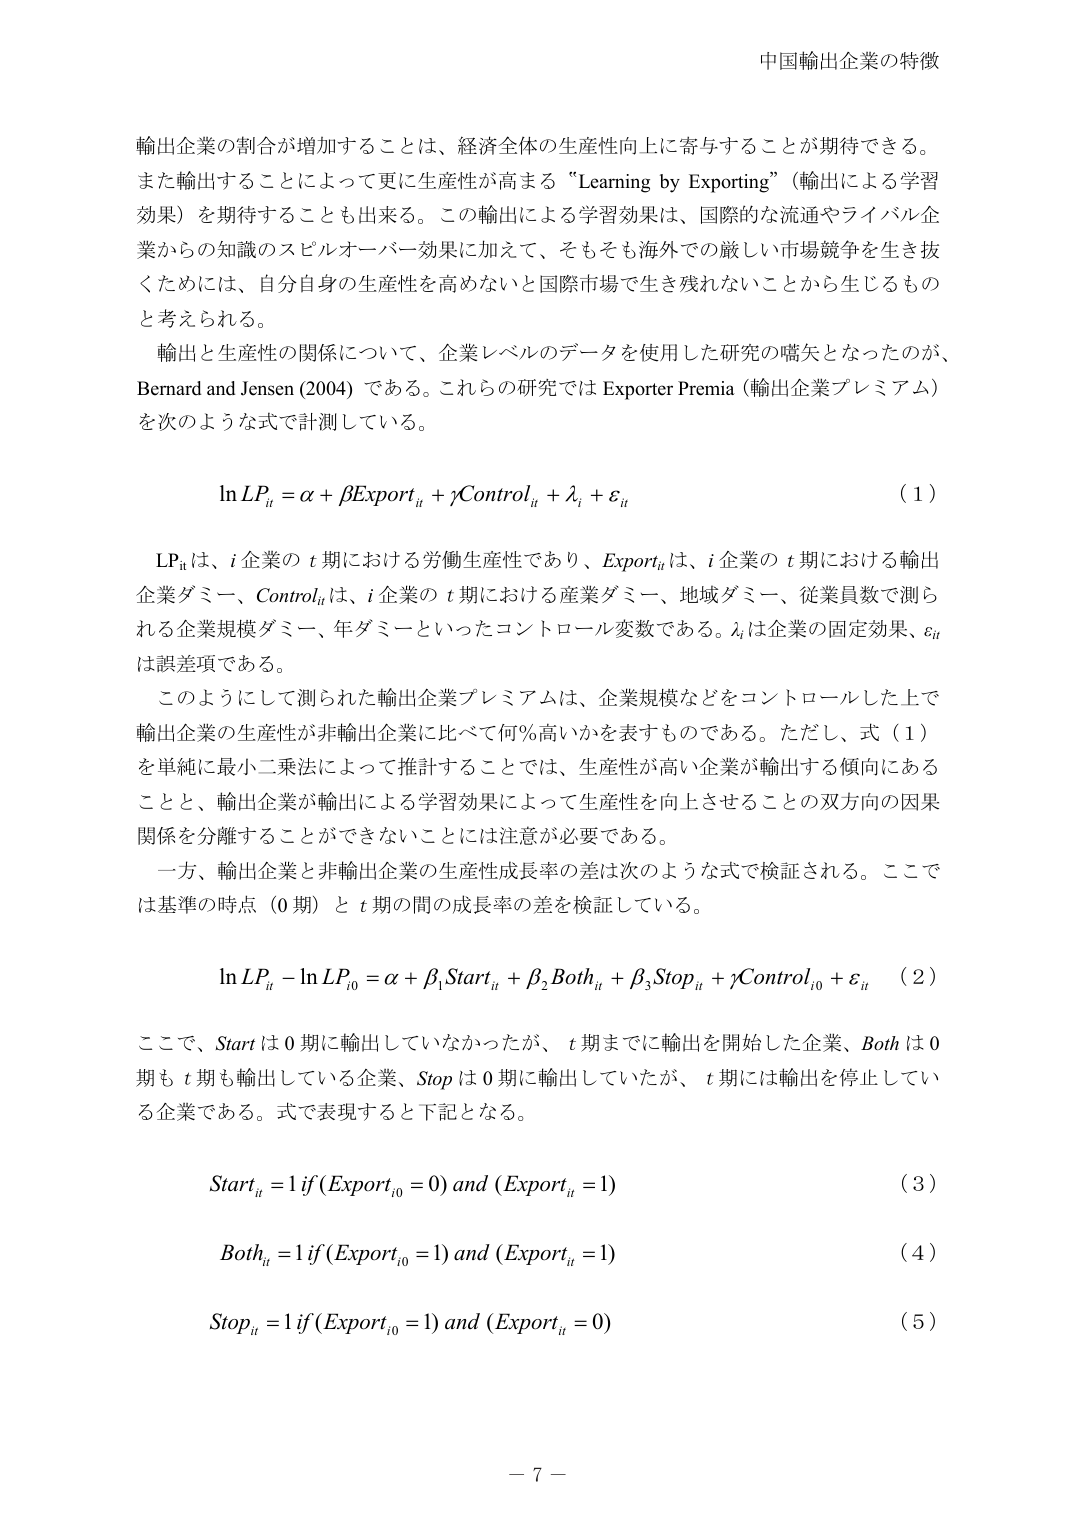
中国輸出企業の特徴

輸出企業の割合が増加することは、経済全体の生産性向上に寄与することが期待できる。また輸出することによって更に生産性が高まる “Learning by Exporting”（輸出による学習効果）を期待することも出来る。この輸出による学習効果は、国際的な流通やライバル企業からの知識のスピルオーバー効果に加えて、そもそも海外での厳しい市場競争を生き抜くためには、自分自身の生産性を高めないと国際市場で生き残れないことから生じるものと考えられる。

輸出と生産性の関係について、企業レベルのデータを使用した研究の嚆矢となったのが、Bernard and Jensen (2004) である。これらの研究では Exporter Premia（輸出企業プレミアム）を次のような式で計測している。

ln LP_it = α + βExport_it + γControl_it + λ_i + ε_it  （1）

LP_it は、i 企業の t 期における労働生産性であり、Export_it は、i 企業の t 期における輸出企業ダミー、Control_it は、i 企業の t 期における産業ダミー、地域ダミー、従業員数で測られる企業規模ダミー、年ダミーといったコントロール変数である。λ_i は企業の固定効果、ε_it は誤差項である。

このようにして測られた輸出企業プレミアムは、企業規模などをコントロールした上で輸出企業の生産性が非輸出企業に比べて何％高いかを表すものである。ただし、式（1）を単純に最小二乗法によって推計することでは、生産性が高い企業が輸出する傾向にあることと、輸出企業が輸出による学習効果によって生産性を向上させることの双方向の因果関係を分離することができないことに注意が必要である。

一方、輸出企業と非輸出企業の生産性成長率の差は次のような式で検証される。ここでは基準の時点（0 期）と t 期の間の成長率の差を検証している。

ln LP_it - ln LP_i0 = α + β_1 Start_it + β_2 Both_it + β_3 Stop_it + γControl_i0 + ε_it  （2）

ここで、Start は 0 期に輸出していなかったが、t 期までに輸出を開始した企業、Both は 0 期も t 期も輸出している企業、Stop は 0 期に輸出していたが、t 期には輸出を停止している企業である。式で表現すると下記となる。

Start_it = 1 if (Export_i0 = 0) and (Export_it = 1)  （3）

Both_it = 1 if (Export_i0 = 1) and (Export_it = 1)  （4）

Stop_it = 1 if (Export_i0 = 1) and (Export_it = 0)  （5）

－ 7 －